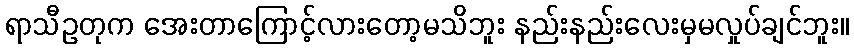
ရာသီဥတုက အေးတာကြောင့်လားတော့မသိဘူး နည်းနည်းလေးမှမလှုပ်ချင်ဘူး။